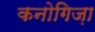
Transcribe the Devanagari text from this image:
कनोगिज़ा